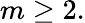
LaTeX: m\ge 2.